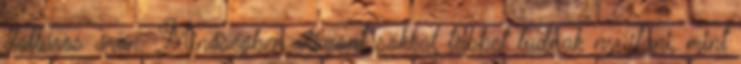
dolláros áron. Minőségben viszont sokkal többet tudnak nyújtani, mint